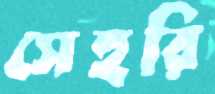
সেহরি